Vaccination in the Punjab 1919-1929 - 1919-1929
Year: 1919
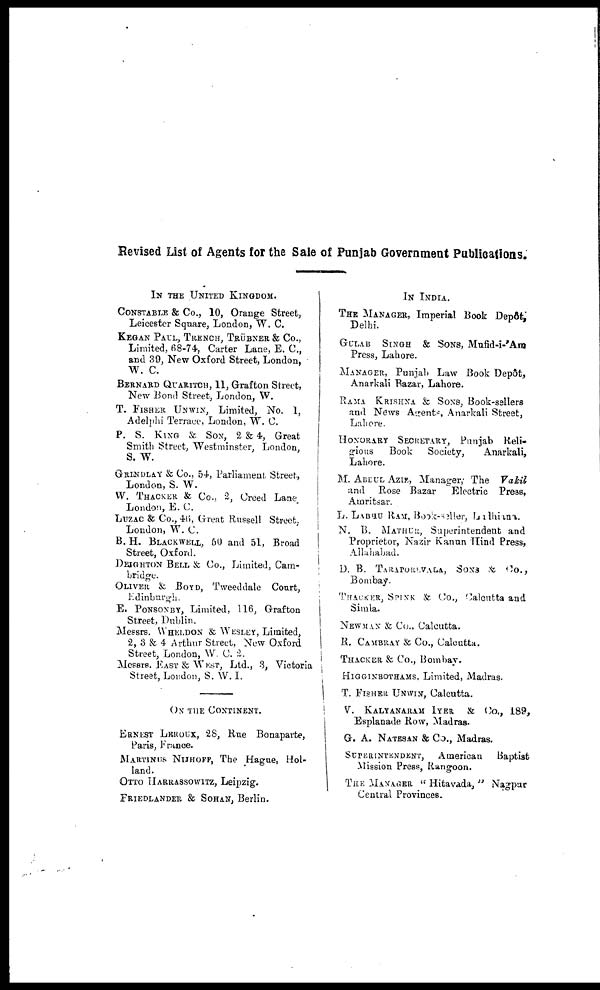
Revised List of Agents for the Sale of Punjab Government Publications.
IN THE UNITED KINGDOM.
CONSTABLE & Co., 10, Orange Street,
Leicester Square, London, W. C.
KEGAN PAUL, TRENCH, TRÜBNER & Co.,
Limited, 68-74, Carter Lane, E. C.,
and 39, New Oxford Street, London,
W. C.
BERNARD QUARITCH, 11, Grafton Street,
New Bond Street, London, W.
T. FISHER UNWIN, Limited, No. 1,
Adelphi Terrace, London, W. C.
P. S. KING & SON, 2 & 4, Great
Smith Street, Westminster, London,
S. W.
GRINDLAY & Co., 54, Parliament Street,
London, S. W.
W. THACKER & Co., 2, Creed Lane
London, E. C.
LUZAC & Co., 46, Great Russell Street,
London, W. C.
B. H. BLACKWELL, 50 and 51, Broad
Street, Oxford.
DEIGHTON BELL & Co., Limited, Cam¬
bridge.
OLIVER & BOYD, Tweeddale Court,
Edinburgh.
E. PONSONBY, Limited, 116, Grafton
Street, Dublin.
Messrs. WHELDON & WESLEY, Limited,
2, 3 & 4 Arthur Street, New Oxford
Street, London, W. C. 2.
Messrs. EAST & WEST, Ltd., 3, Victoria
Street, London, S. W. I.
ON THE CONTINENT.
ERNEST LEROUX, 28, Rue Bonaparte,
Paris, France.
MARTINUS NIJHOFF, The Hague, Hol-
land.
OTTO HARRASSOWITZ, Leipzig.
FRIEDLANDER & SOHAN, Berlin.
IN INDIA.
THE MANAGER, Imperial Book Depôt.
Delhi.
GULAB SINGH & SONS, Mufid-i-Am
Press, Lahore.
MANAGER, Punjab Law Book Depôt,
Anarkali Bazar, Lahore.
RAMA KRISHNA & SONS, Book-sellers
and News Agrents Anarkali Street,
Lahore.
HONORARY SECRETARY, Punjab Reli-
gious
Book
Society,
Anarkali,
Lahore.
M. ABDUL AZIZ, Manager, The Vakil
and Rose Bazar
Electric Press,
Amritsar.
L. LABHU RAM, Book-seller, Ludhiana.
N. B. MATHUR, Superintendent and
Proprietor, Nazir Kanun Hind Press,
Allahabad.
D. B. TARAPOREVALA, SONS & Co.,
Bombay.
THACKER, SPINK & Co., Calcutta and
Simla.
NEWMAN & Co., Calcutta.
R. CAMBRAY & Co., Calcutta.
THACKER & Co., Bombay.
HIGGINBOTHAMS, Limited, Madras.
T. FISHER UNWIN, Calcutta.
V. KALYANARAM IYER & Co., 189,
Esplanade Row, Madras.
G. A. NATESAN & Co., Madras.
SUPERINTENDENT, American
Baptist
Mission Press, Rangoon.
THE MANAGER " Hitavada, " Nagpur
Central Provinces.